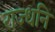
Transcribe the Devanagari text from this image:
राज्धनि